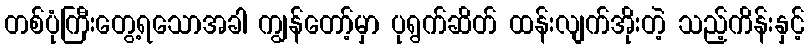
တစ်ပုံကြီးတွေ့ရသောအခါ ကျွန်တော့်မှာ ပုရွက်ဆိတ် ထန်းလျက်အိုးတဲ့ သည့်ကိန်းနှင့်